Report on sanitation, dispensaries, and jails in Rajputana for 1918, and on vaccination for the year 1918-1919 - 1918-1919
Year: 1918
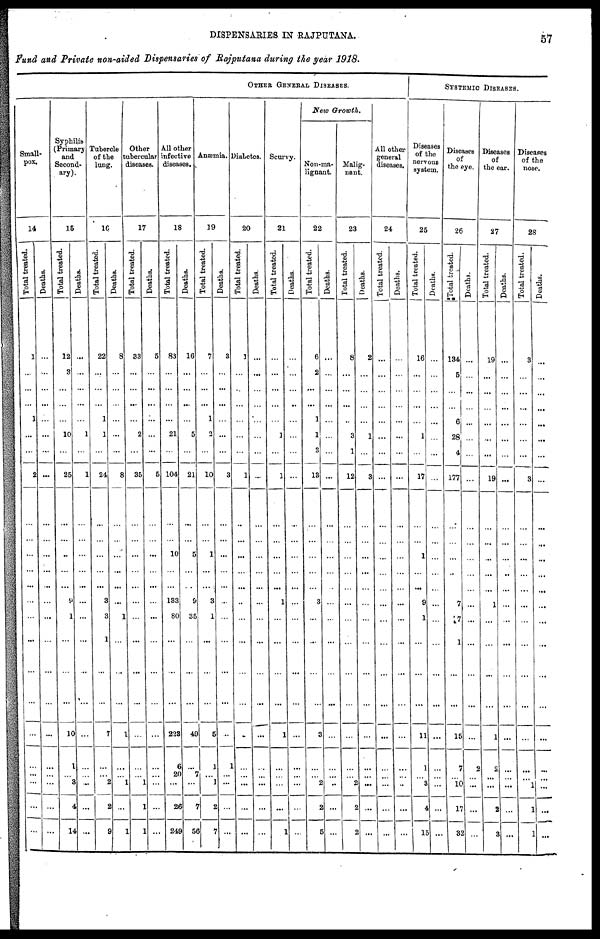
DISPENSARIES IN RAJPUTANA. 57
Fund and Private non-aided Dispensaries of Rajputana during the year 1918.
OTHER GENERAL DISEASES.
Small-
pox
14
Total treated.
1
...
...
...
1
...
...
2
...
...
...
...
...
...
...
...
...
...
...
...
...
...
...
...
Deaths.
...
...
...
...
...
...
...
...
...
...
...
...
...
...
...
...
...
...
...
...
...
...
...
...
Syphilis
(Primary
and
Second-
ary).
15
Total treated.
12
3
...
...
...
10
...
25
...
...
...
...
...
9
1
...
...
...
10
1
...
3
4
14
Deaths.
...
...
...
...
...
1
...
1
...
...
...
...
...
...
...
...
...
...
...
...
...
...
...
...
Tubercle
of the
lung.
16
Total treated.
22
...
...
...
1
1
...
24
...
...
...
...
...
3
3
1
...
...
7
...
...
2
2
9
Deaths.
8
...
...
...
...
...
...
8
...
...
...
...
...
...
1
...
...
...
1
...
...
1
...
1
Other
tubercular
diseases.
17
Total treated.
33
...
...
...
...
2
...
35
...
...
...
...
...
...
...
...
...
...
...
...
...
1
1
1
Deaths.
5
...
...
...
...
...
...
5
...
...
...
...
...
...
...
...
...
...
...
...
...
...
...
...
All other
infective
diseases.
18
Total treated.
83
...
...
...
...
21
...
104
...
...
10
...
...
133
80
...
...
...
223
6
20
...
26
249
Deaths.
16
...
...
...
...
5
...
21
...
...
5
...
...
9
35
...
...
...
49
...
7
...
7
56
Anæmia.
19
Total treated.
7
...
...
...
1
2
...
10
...
...
1
...
...
3
1
...
...
...
5
1
...
1
2
7
Deaths.
3
...
...
...
...
...
...
3
...
...
...
...
...
...
...
...
...
...
...
1
...
...
...
...
Diabetes.
20
Total treated.
1
...
...
...
...
...
...
1
...
...
...
...
...
...
...
...
...
...
...
...
...
...
...
...
Deaths.
...
...
...
...
...
...
...
...
...
...
...
...
...
...
...
...
...
...
...
...
...
...
...
...
Scurvy.
21
Total treated.
...
...
...
...
...
1
...
1
...
...
...
...
...
1
...
...
...
...
1
...
...
...
...
1
Deaths.
...
...
...
...
...
...
...
...
...
...
...
...
...
...
...
...
...
...
...
...
...
...
...
... ...
New Growth.
Non-ma-
lignant.
22
Total treated.
6
2
...
...
1
1
3
13
...
...
...
...
...
3
...
...
...
...
3
...
... 2
2
5
Deaths.
...
...
...
...
...
...
...
...
...
...
...
...
...
...
...
...
...
...
...
...
...
...
...
...
Malig-
nant.
23
Total treated.
8
...
...
...
...
3
1
12
...
...
...
...
...
...
...
...
...
...
...
...
...
2
2
2
Deaths.
2
...
...
...
...
1
...
3
...
...
...
...
...
...
...
...
...
...
...
...
... ...
...
...
All other
general
diseases.
24
Total treated.
...
...
...
...
...
...
...
...
...
...
...
...
...
...
...
...
...
...
...
...
...
...
...
...
Deaths.
...
...
...
...
...
...
...
...
...
...
...
...
...
...
...
...
...
...
...
...
...
...
...
...
SYSTEMIC DISEASES.
Diseases
of the
nervous
system.
25
Total treated.
16
...
...
...
...
1
...
17
...
...
1
...
...
9
1
...
...
...
11
1
...
3
4
15
Deaths.
...
...
...
...
...
...
...
...
...
...
...
...
...
...
...
...
...
...
...
...
...
...
...
...
Diseases
of
the eye.
26
Total treated.
134
5
...
...
6
28
4
177
...
...
...
...
...
7
7
1
...
...
15
7
...
10
17
32
Deaths.
...
...
...
...
...
...
...
...
...
...
...
...
...
...
...
...
...
...
...
2
...
...
...
...
Diseases
of
the ear.
27
Total treated.
19
...
...
...
...
...
...
19
...
...
...
...
...
1
...
...
...
...
1
2
...
...
2
3
Deaths.
...
...
...
...
...
...
...
...
...
...
...
...
...
...
...
...
...
...
...
...
...
...
...
...
Diseases
of the
nose.
28
Total treated.
3
...
...
...
...
...
...
3
...
...
...
...
...
...
...
...
...
...
...
...
...
1
1
1
Deaths.
...
...
...
...
...
...
...
...
...
...
...
...
...
...
...
...
...
...
...
...
...
...
...
...